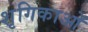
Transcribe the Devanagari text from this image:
शृगिकाओं